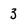
Character: 3